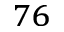
^ { 7 6 }